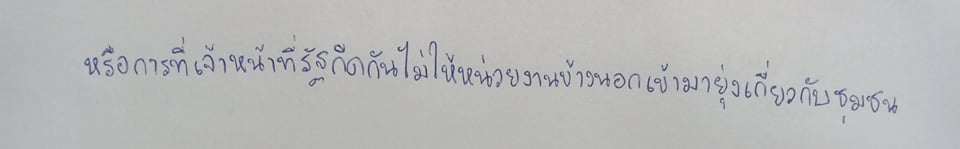
หรือการที่เจ้าหน้าที่รัฐกีดกันไม่ให้หน่วยงานข้างนอกเข้ามายุ่งเกี่ยวกับชุมชน